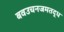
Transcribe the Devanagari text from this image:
बवउचनजमतद्ध